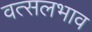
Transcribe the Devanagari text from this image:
वत्सलभाव